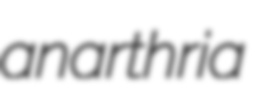
anarthria